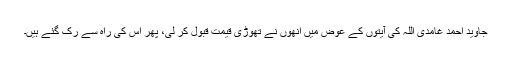
جاوید احمد غامدی اللہ کی آیتوں کے عوض میں اُنھوں نے تھوڑی قیمت قبول کر لی، پھر اُس کی راہ سے رک گئے ہیں۔